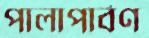
পালাপার্বণ